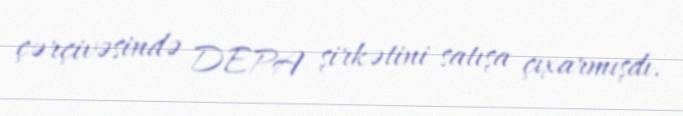
çərçivəsində DEPA şirkətini satışa çıxarmışdı.